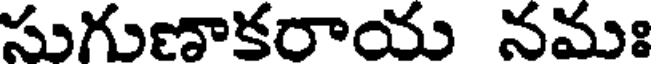
సుగుణాకరాయ నమః